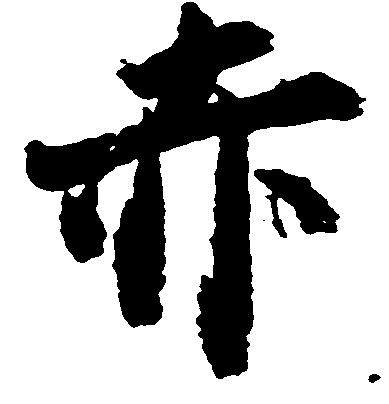
赤